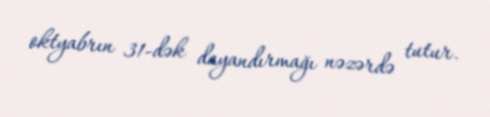
oktyabrın 31-dək dayandırmağı nəzərdə tutur.